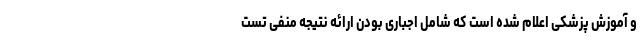
و آموزش پزشکی اعلام شده است که شامل اجباری بودن ارائه نتیجه منفی تست